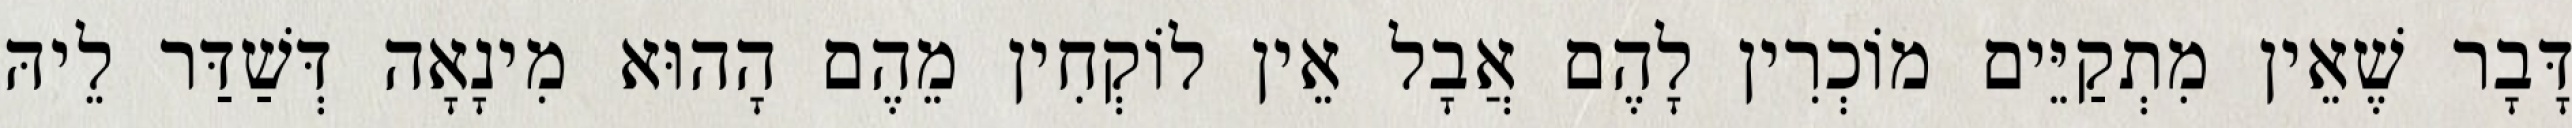
דָּבָר שֶׁאֵין מִתְקַיֵּים מוֹכְרִין לָהֶם אֲבָל אֵין לוֹקְחִין מֵהֶם הָהוּא מִינָאָה דְּשַׁדַּר לֵיהּ